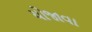
યોજાવા